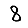
Digit: 8